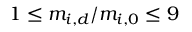
1 \leq m _ { i , d } / m _ { i , 0 } \leq 9